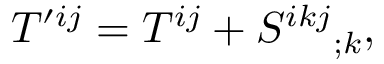
T ^ { \prime i j } = T ^ { i j } + S ^ { i k j } { } _ { ; k } ,